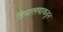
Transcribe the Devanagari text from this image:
हिमालयाकडून